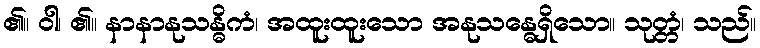
၏။ ဝါ၊ ၏။ နာနာနုသန္ဓိကံ၊ အထူးထူးသော အနုသန္ဓေရှိသော။ သုတ္တံ၊ သည်။